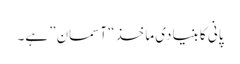
پانی کا بنیادی ماخذ “آسمان” ہے۔